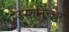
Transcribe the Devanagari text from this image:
उपशनिच्चर